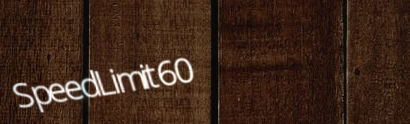
SpeedLimit60